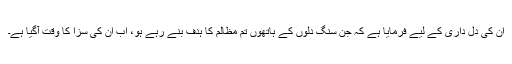
اُن کی دل داری کے لیے فرمایا ہے کہ جن سنگ دلوں کے ہاتھوں تم مظالم کا ہدف بنے رہے ہو، اب اُن کی سزا کا وقت آگیا ہے۔